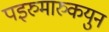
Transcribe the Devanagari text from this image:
पइरुमारुकयुन